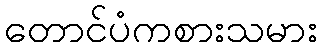
တောင်ပံကစားသမား